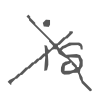
Text: is
Cross-out: cross
Writing tool: digital_gray